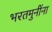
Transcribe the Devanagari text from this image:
भरतमुनींना